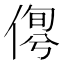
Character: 𠋹